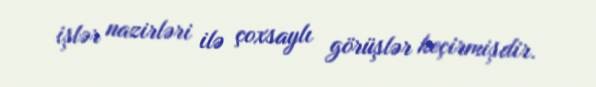
işlər nazirləri ilə çoxsaylı görüşlər keçirmişdir.